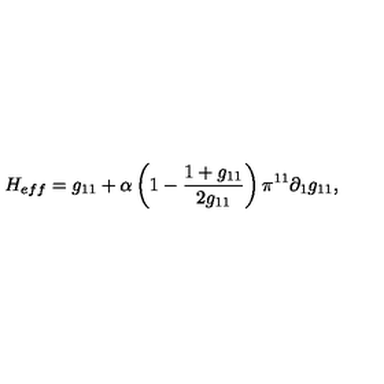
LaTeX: H _ { e f f } = g _ { 1 1 } + \alpha \left( 1 - \frac { 1 + g _ { 1 1 } } { 2 g _ { 1 1 } } \right) \pi ^ { 1 1 } \partial _ { 1 } g _ { 1 1 } ,